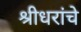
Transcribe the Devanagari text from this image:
श्रीधरांचे